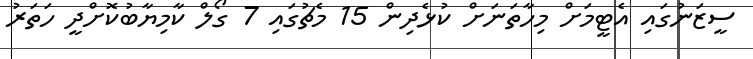
ސީޒަނުގައި އެޓީމަށް މިހާތަނަށް ކުޅެދިން 15 މެޗުގައި 7 ގޯލް ކާމިޔާބުކޮށްދީ ހަތަރު